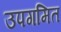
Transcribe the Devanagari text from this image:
उपगमित